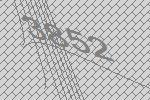
3852